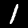
Label: 1